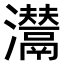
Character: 𤄵